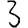
Digit: 3